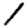
Digit: 1